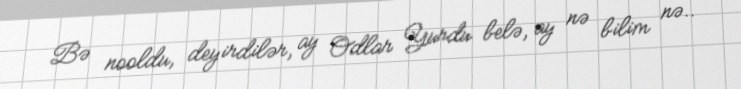
Bə nooldu, deyirdilər, ay Odlar Yurdu belə, ay nə bilim nə..